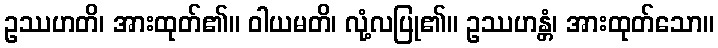
ဥဿဟတိ၊ အားထုတ်၏။ ဝါယမတိ၊ လုံ့လပြု၏။ ဥဿဟန္တံ၊ အားထုတ်သော။